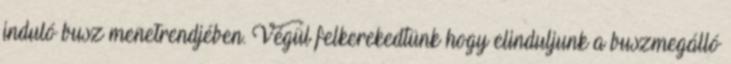
induló busz menetrendjében. Végül felkerekedtünk hogy elinduljunk a buszmegálló